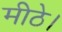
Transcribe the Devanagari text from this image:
मीठे।